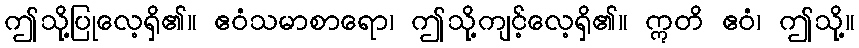
ဤသို့ပြုလေ့ရှိ၏။ ဧဝံသမာစာရော၊ ဤသို့ကျင့်လေ့ရှိ၏။ ဣတိ ဧဝံ၊ ဤသို့။